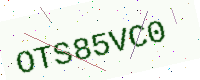
Text: OTS85VC0